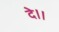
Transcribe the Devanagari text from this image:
दे।।